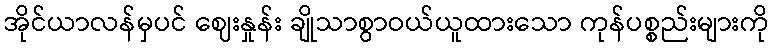
အိုင်ယာလန်မှပင် ဈေးနှုန်း ချိုသာစွာဝယ်ယူထားသော ကုန်ပစ္စည်းများကို